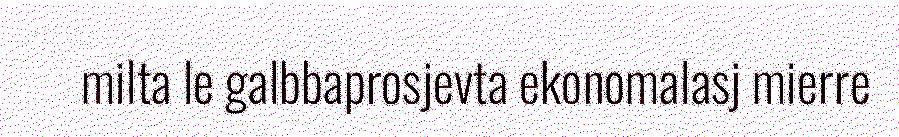
milta le galbbaprosjevta ekonomalasj mierre